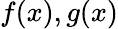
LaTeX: f(x),g(x)